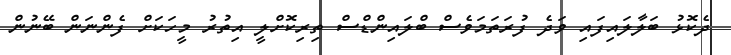
ދެކޮޅު ބަލާލައިފައި ވަދެ ފުރަތަމަވެސް ބްލައިންޑްސް ތިރިކޮށްލީ އިތުރު މީހަކަށް ފެންނަން ބޭނުން